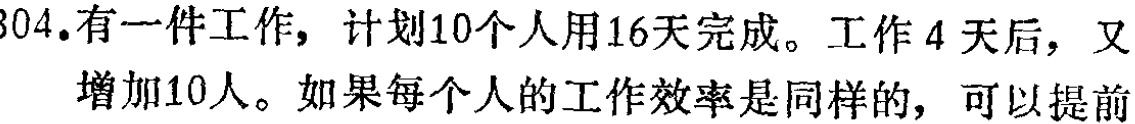
304.有一件工作，计划10个人用16天完成。工作4天后，又增加10人。如果每个人的工作效率是同样的，可以提前